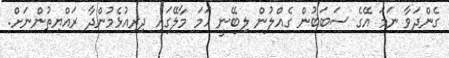
ގެންދަވާ ނަމަ އޭގެ ސަބަބުން ގެއްލުން ލިބޭނީ ހަމަ މާލޭގައި ދިރިއުޅެމުންދާ ރައްޔިތުންނަށް.